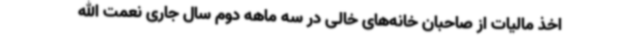
اخذ مالیات از صاحبان خانه‌های خالی در سه ماهه دوم سال جاری نعمت الله